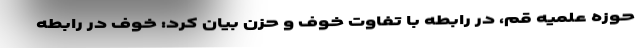
حوزه علمیه قم، در رابطه با تفاوت خوف و حزن بیان کرد: خوف در رابطه